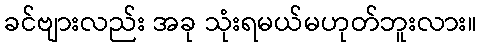
ခင်ဗျားလည်း အခု သုံးရမယ်မဟုတ်ဘူးလား။